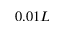
0 . 0 1 L